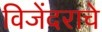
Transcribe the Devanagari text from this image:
विजेंदराचे